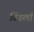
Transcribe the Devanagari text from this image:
बिंडलॉ